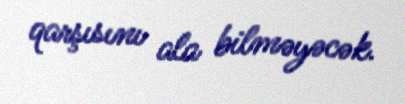
qarşısını ala bilməyəcək.